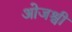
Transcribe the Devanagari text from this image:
ओजश्वी